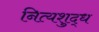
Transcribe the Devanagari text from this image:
नित्यशुद्ध